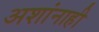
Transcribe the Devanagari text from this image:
अशांनाही